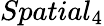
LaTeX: Spatial_{4}